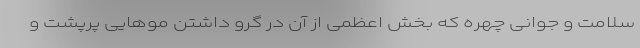
سلامت و جوانی چهره که بخش اعظمی از آن در گرو داشتن موهایی پرپشت و